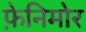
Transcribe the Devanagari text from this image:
फ़ेनिमोर